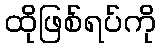
ထိုဖြစ်ရပ်ကို